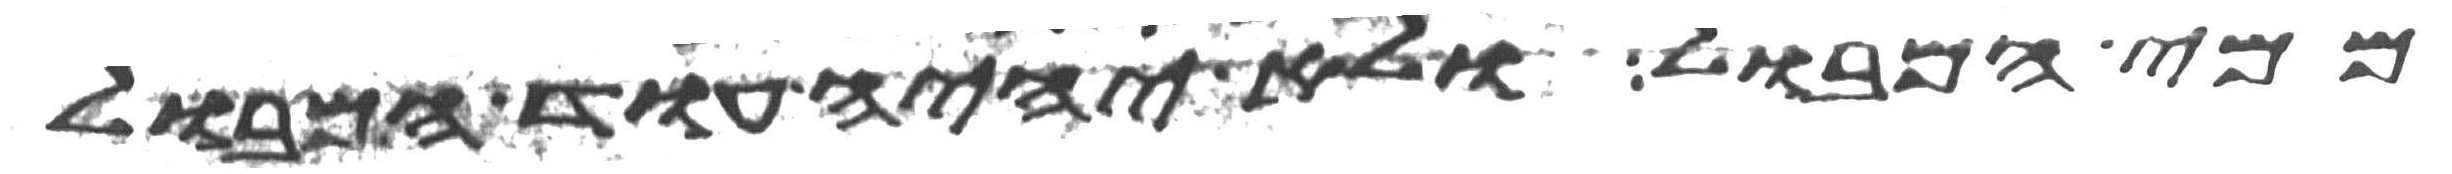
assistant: ממי המבול ולא יהיה עוד המבול